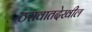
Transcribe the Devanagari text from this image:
ठरावातदेखील